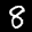
Label: 8